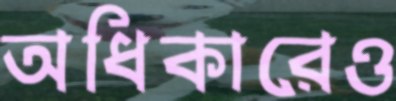
অধিকারেও